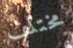
مختلف